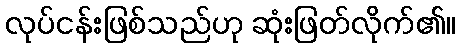
လုပ်ငန်းဖြစ်သည်ဟု ဆုံးဖြတ်လိုက်၏။